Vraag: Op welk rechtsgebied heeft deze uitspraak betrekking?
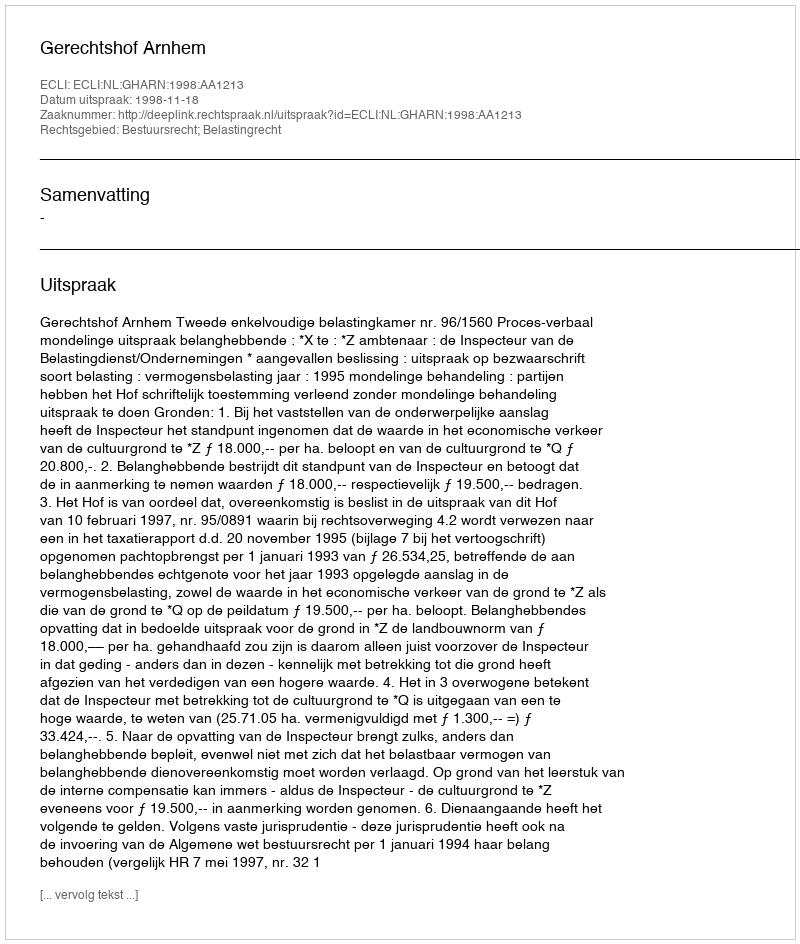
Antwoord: Bestuursrecht; Belastingrecht